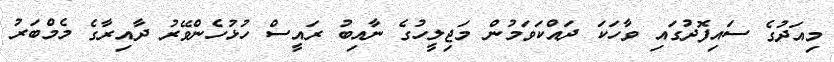
މިއަދުގެ ސައިފޮދުގައިި ވާހަކަ ދައްކަވަމުން މަޖިލީހުގެ ނާއިބު ރައީސް ހުޅުހެންވޭރު ދާއިރާގެ މެމްބަރު